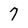
Character: 7